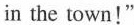
in the town!